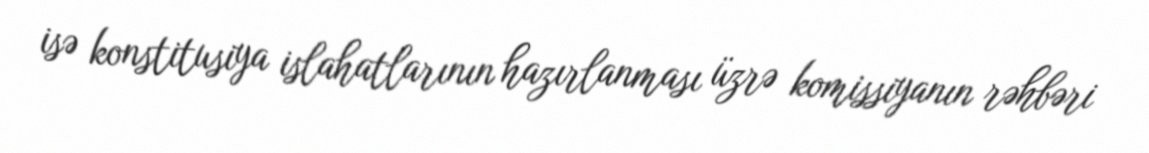
isə konstitusiya islahatlarının hazırlanması üzrə komissiyanın rəhbəri